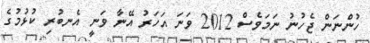
ހުންނަން ޖެހުނު ނަމަވެސް 2012 ވަނަ އަހަރު އޭނާ ވަނީ އެނބުރި ކުޅުމުގެ